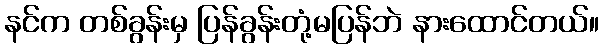
နင်က တစ်ခွန်းမှ ပြန်ခွန်းတုံ့မပြန်ဘဲ နားထောင်တယ်။